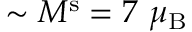
\sim M ^ { \mathrm { s } } = 7 ~ \mu _ { \mathrm { B } }